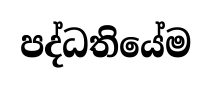
පද්ධතියේම